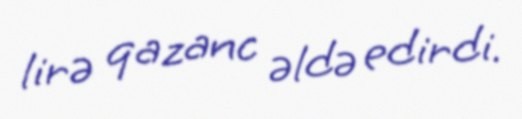
lirə qazanc əldə edirdi.